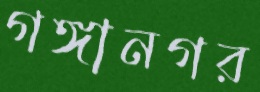
গঙ্গানগর